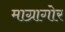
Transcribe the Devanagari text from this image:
माग्रागोर